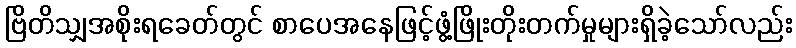
ဗြိတိသျှအစိုးရခေတ်တွင် စာပေအနေဖြင့်ဖွံ့ဖြိုးတိုးတက်မှုများရှိခဲ့သော်လည်း